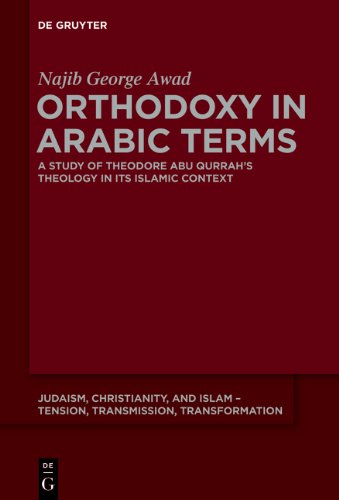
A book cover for Orthodoxy in Arabic Terms (Judaism, Christianity, and Islam - Tension, Transmission, Transformation); Najib George Awad; Religion & Spirituality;